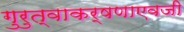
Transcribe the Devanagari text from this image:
गुरुत्वाकर्षणाएवजी